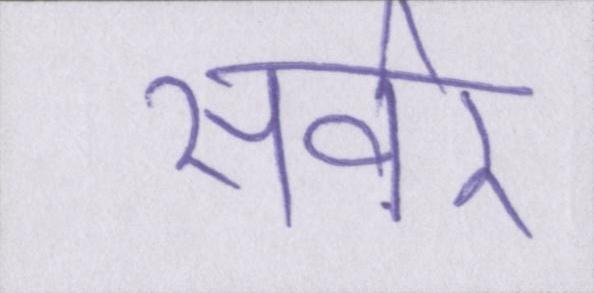
सर्वर